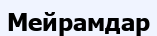
Мейрамдар